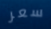
سعر